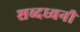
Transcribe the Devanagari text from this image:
शब्दध्वनी